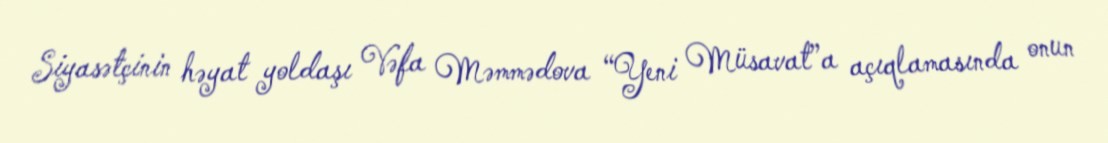
Siyasətçinin həyat yoldaşı Vəfa Məmmədova “Yeni Müsavat”a açıqlamasında onun